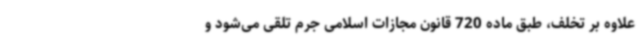
علاوه بر تخلف، طبق ماده 720 قانون مجازات اسلامی جرم تلقی می‌شود و